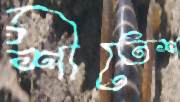
শীতেশ